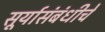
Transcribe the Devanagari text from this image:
सूर्यासंबंधीचे